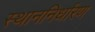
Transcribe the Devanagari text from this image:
स्थाननिर्धारण